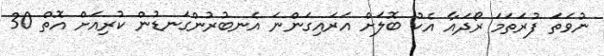
ނުވަތަ ފުރަތަމަ ރޯދައާ އެކު ބޮލަށް އަރައިގަންނަ އެނބުރުންގަނޑުން ކުރިއަށް އޮތް 30